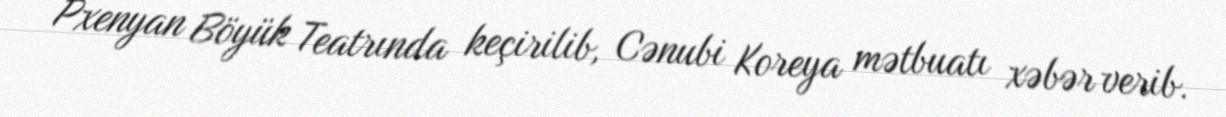
Pxenyan Böyük Teatrında keçirilib, Cənubi Koreya mətbuatı xəbər verib.